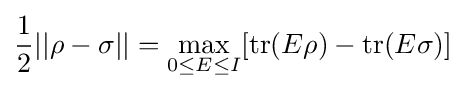
{\frac {1}{2}}||\rho -\sigma ||=\max _{0\leq E\leq I}[{\rm {tr}}(E\rho )-{\rm {tr}}(E\sigma )]